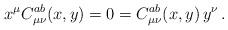
LaTeX: \begin{align*}x^\mu C_{\mu\nu}^{ab}(x,y) = 0 = C_{\mu\nu}^{ab}(x,y) \,y^\nu \,. \end{align*}